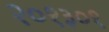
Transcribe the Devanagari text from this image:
२०१३०१